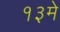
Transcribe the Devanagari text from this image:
१३मे